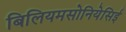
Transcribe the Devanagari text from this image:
बिलियमसोनियेसिई